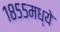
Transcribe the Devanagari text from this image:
१८५५मध्ये